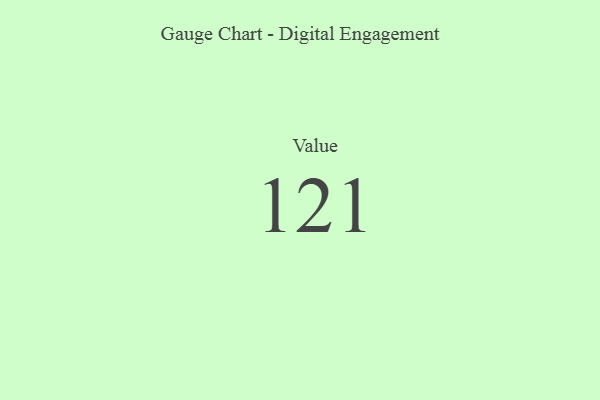
{"axis": {"x": "Metric", "y": "Value"}, "legend": [""], "data": [{"x": "Value", "y": 121, "type": ""}]}